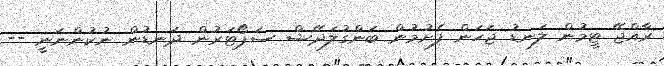
ރާއްޖޭ ޓީމުން ލަނޑު ޖަހަން ފެށުމުން ބަންގުލަދޭޝް ސަޕޯޓަރުން ދަނޑުން ނުކުންނަނީ --